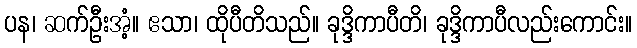
ပန၊ ဆက်ဦးအံ့။ ဧသာ၊ ထိုပီတိသည်။ ခုဒ္ဒိကာပီတိ၊ ခုဒ္ဒိကာပီလည်းကောင်း။